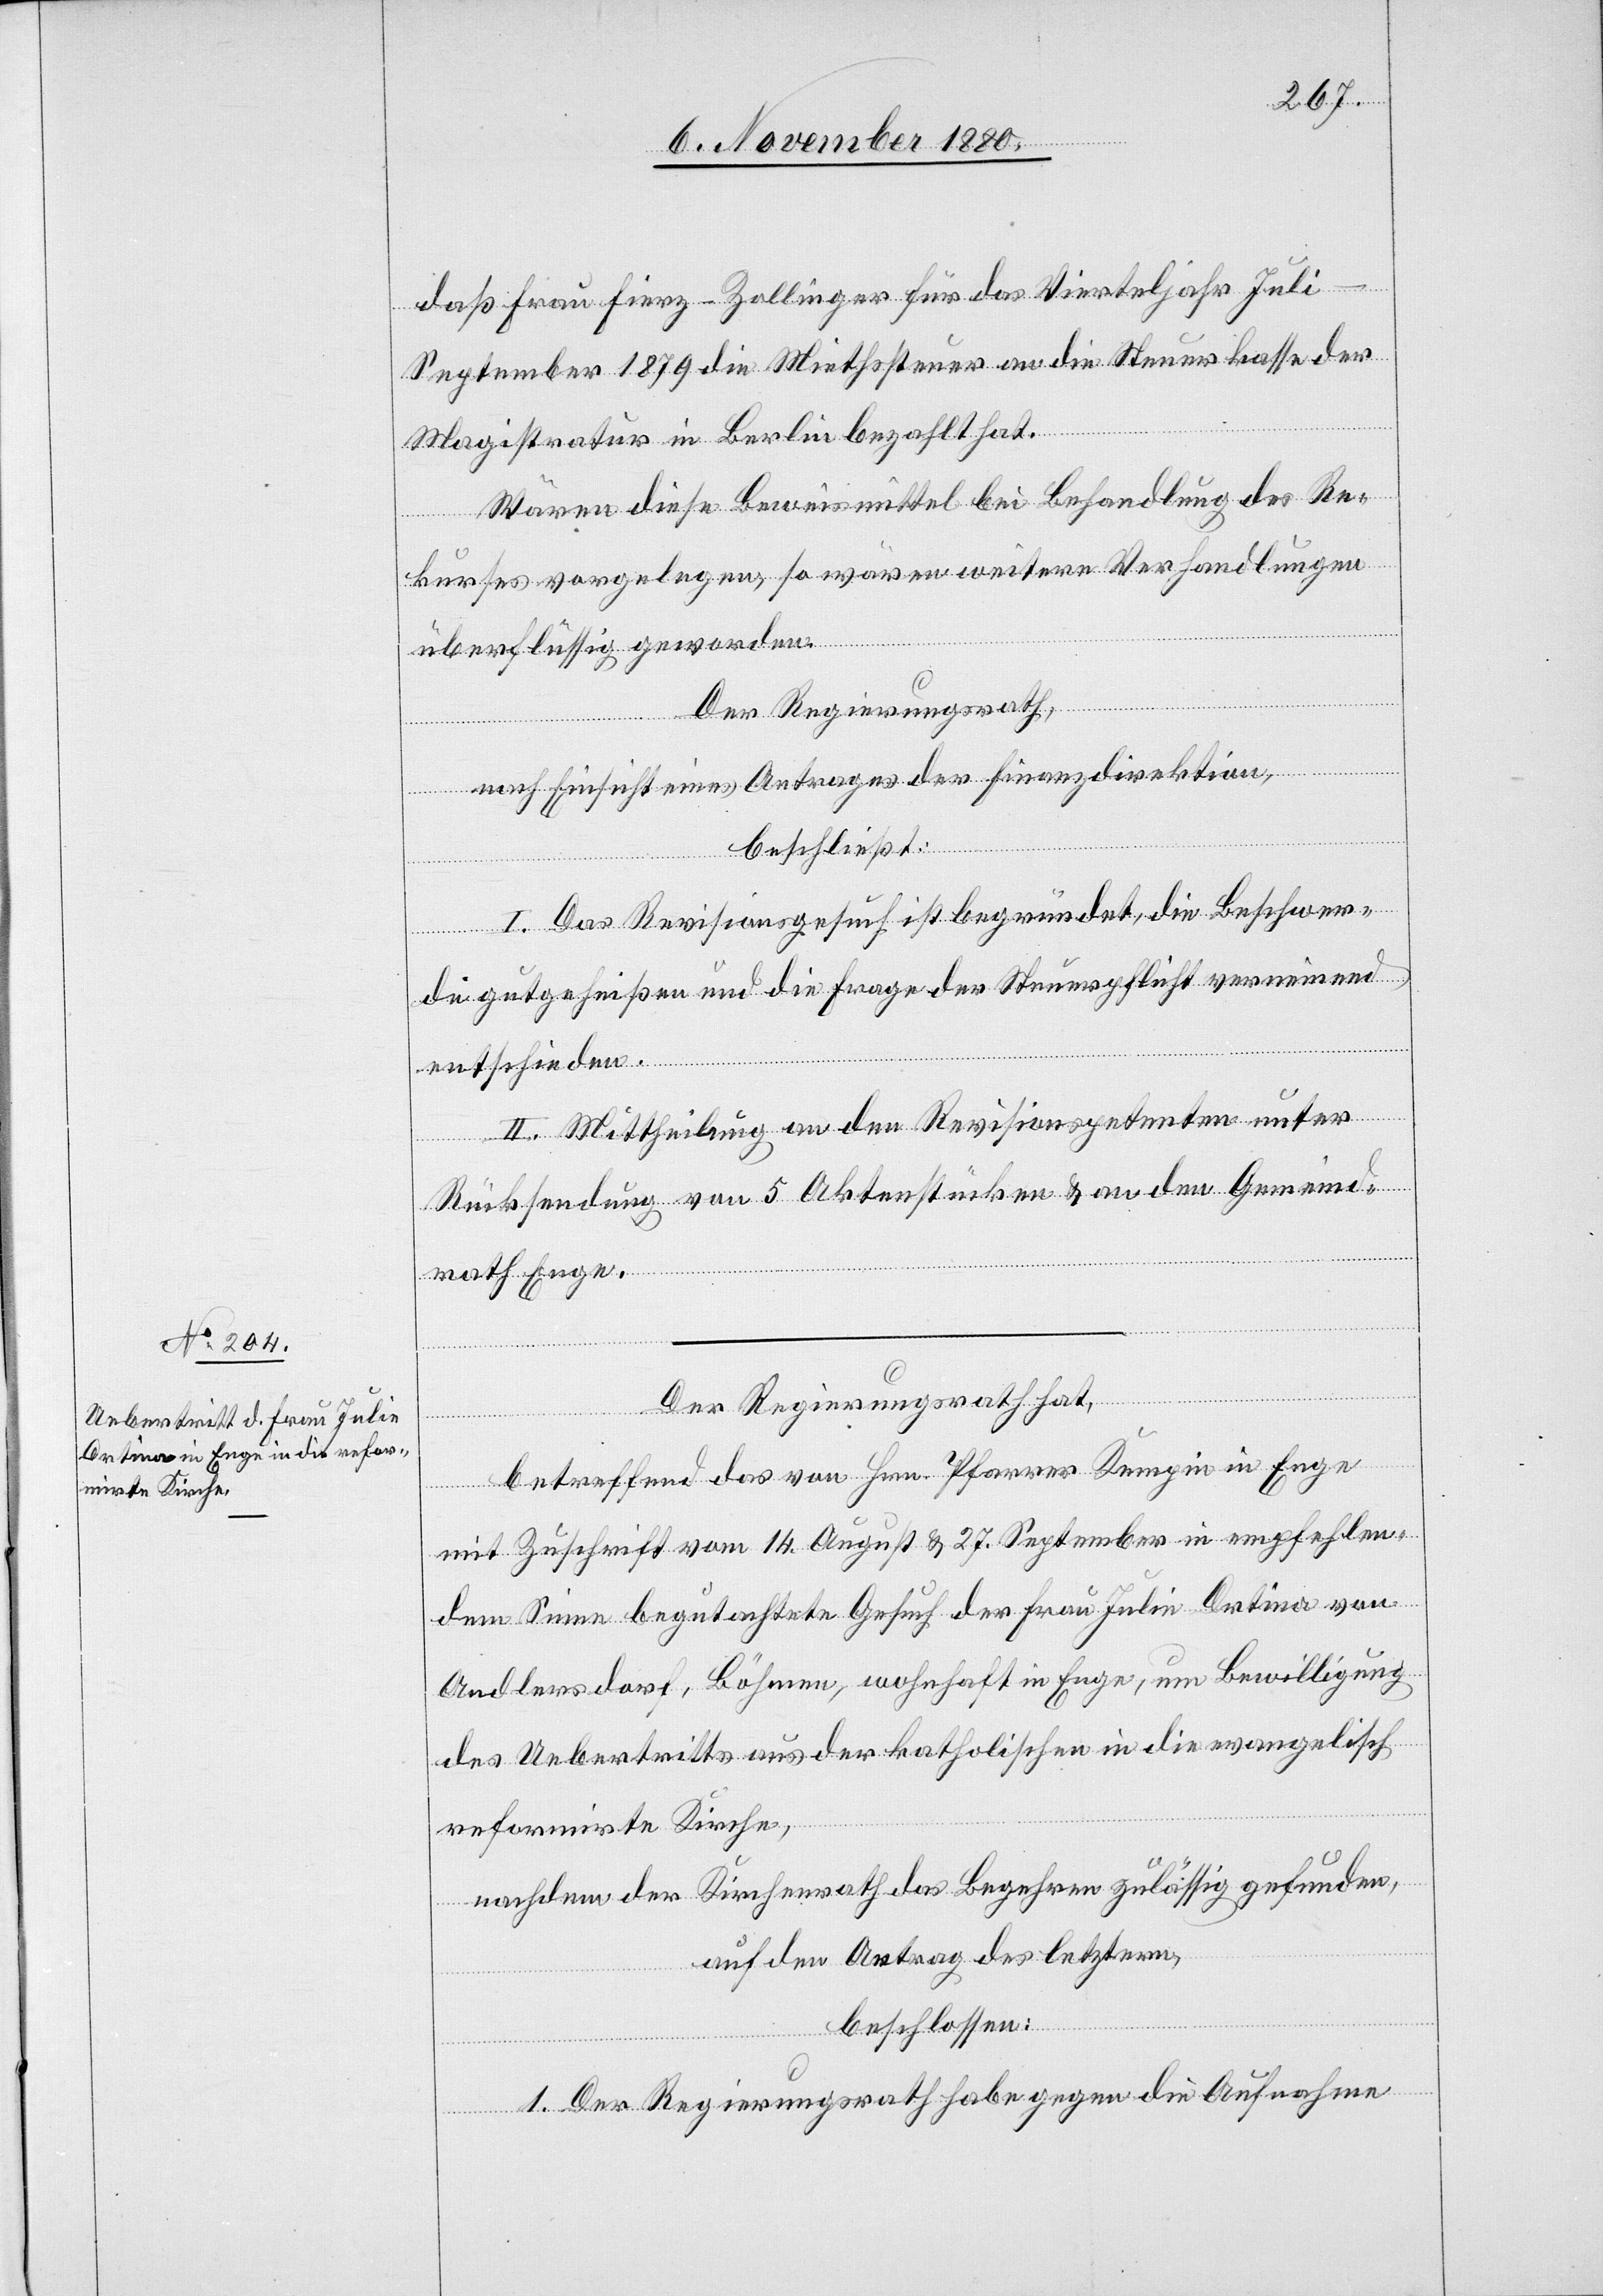
daß Frau Fierz-Zollinger für das Vierteljahr Jul¬
i–September 1879 die Miethsteuer an die Steuerkasse der
Magistratur in Berlin bezahlt hat.
Wären diese Beweismittel bei Behandlung des Re¬
kurses vorgelegen, so wären weitere Verhandlungen
überflüssig geworden.
Der Regierungsrath,
nach Einsicht eines Antrages der Finanzdirektion,
beschließt:
I. Das Revisionsgesuch ist begründet, die Beschwer¬
de gutgeheißen und die Frage der Steuerpflicht verneinend
entschieden.
II. Mittheilung an den Revisionspetenten unter
Rücksendung von 5 Aktenstücken & an den Gemeind¬
rath Enge.
Der Regierungsrath hat,
betreffend das von Hrn. Pfarrer Kempin in Enge
mit Zuschrift vom 14. August & 27. September in empfehlen¬
dem Sinne begutachtete Gesuch der Frau Julie Drtina von
Andlersdorf, Böhmen, wohnhaft in Enge, um Bewilligung
des Uebertritts aus der katholischen in die evangelisch-r¬
eformirte Kirche,
nachdem der Kirchenrath das Begehren zulässig gefunden,
auf den Antrag des letztern,
beschlossen:
1. Der Regierungsrath habe gegen die Aufnahme